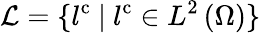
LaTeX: {\mathcal{L}=\{ l^{\mathrm{{c}}}\ |\ l^{\mathrm{{c}}}\in{L}^{2}\left(\Omega\right)\} }